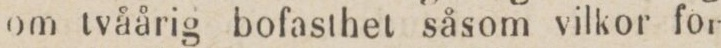
om tvåårig bofasthet såsom vilkor för